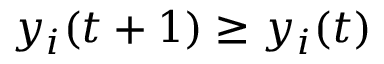
y _ { i } ( t + 1 ) \geq y _ { i } ( t )